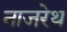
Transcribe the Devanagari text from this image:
नाजरेथ